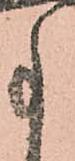
事